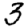
Digit: 3